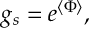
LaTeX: g _ { s } = e ^ { \langle \Phi \rangle } ,